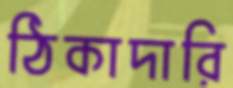
ঠিকাদারি